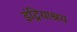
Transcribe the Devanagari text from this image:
इंद्रियाश्रय